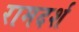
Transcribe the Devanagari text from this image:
रामदर्श